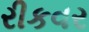
રીકવર